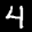
Label: 4